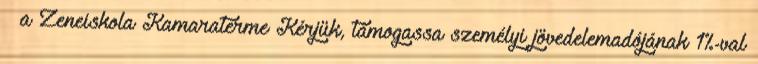
– a Zeneiskola Kamaraterme Kérjük, támogassa személyi jövedelemadójának 1%-val